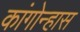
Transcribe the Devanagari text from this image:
कांगोन्हास